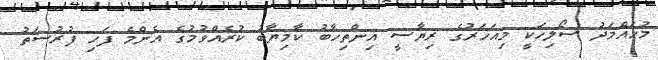
މުހައްމަދު ސޯލިހަކީ މިއަހަރުގެ ރިޔާސީ އިންތިހާބު ކާމިޔާބު ކުރެއްވުމުގެ އެންމެ ފަހި ފުރުސަތު